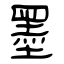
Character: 墨